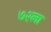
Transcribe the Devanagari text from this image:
७२ला